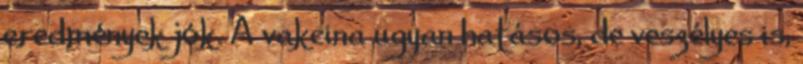
eredmények jók. A vakcina ugyan hatásos, de veszélyes is,